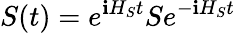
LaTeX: S(t)={{e}^{\mathbf{i}{{H}_{S}}t}}S{{e}^{-\mathbf{i}{{H}_{S}}t}}